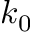
k _ { 0 }